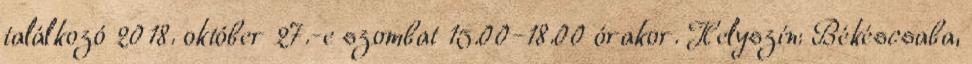
találkozó 2018. október 27.-e szombat 15.00-18.00 órakor. Helyszín: Békéscsaba,